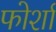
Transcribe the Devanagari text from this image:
फोर्शा